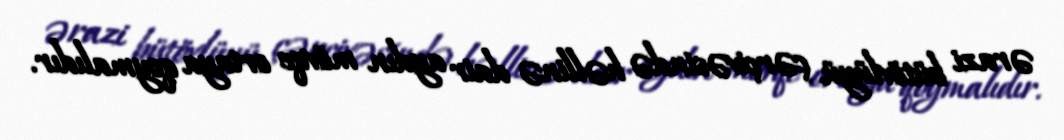
ərazi bütövlüyü çərçivəsində həllinə dair aydın mövqe ortaya qoymalıdır.